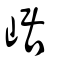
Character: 崌